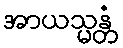
အာယသ္မန္တံ